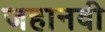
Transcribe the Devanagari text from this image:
जहानवी